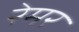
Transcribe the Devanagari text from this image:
रेमर